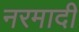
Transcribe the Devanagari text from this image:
नरमादी